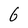
Character: 6